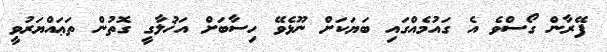
ފޭރާން ގޯސްވެ އެ ގައުމެއްގައި ބަޔަކަށް ނޫޅެވޭ ހިސާބަށް އަޚުލާގީ ގޮތުން ތަޢައްޔަރުވީ